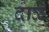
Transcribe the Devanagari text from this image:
दाळे